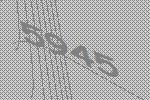
5945